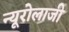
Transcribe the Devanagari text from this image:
न्यूरोलाजी